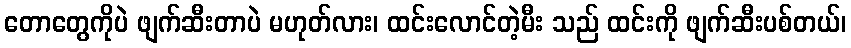
တောတွေကိုပဲ ဖျက်ဆီးတာပဲ မဟုတ်လား၊ ထင်းလောင်တဲ့မီး သည် ထင်းကို ဖျက်ဆီးပစ်တယ်၊